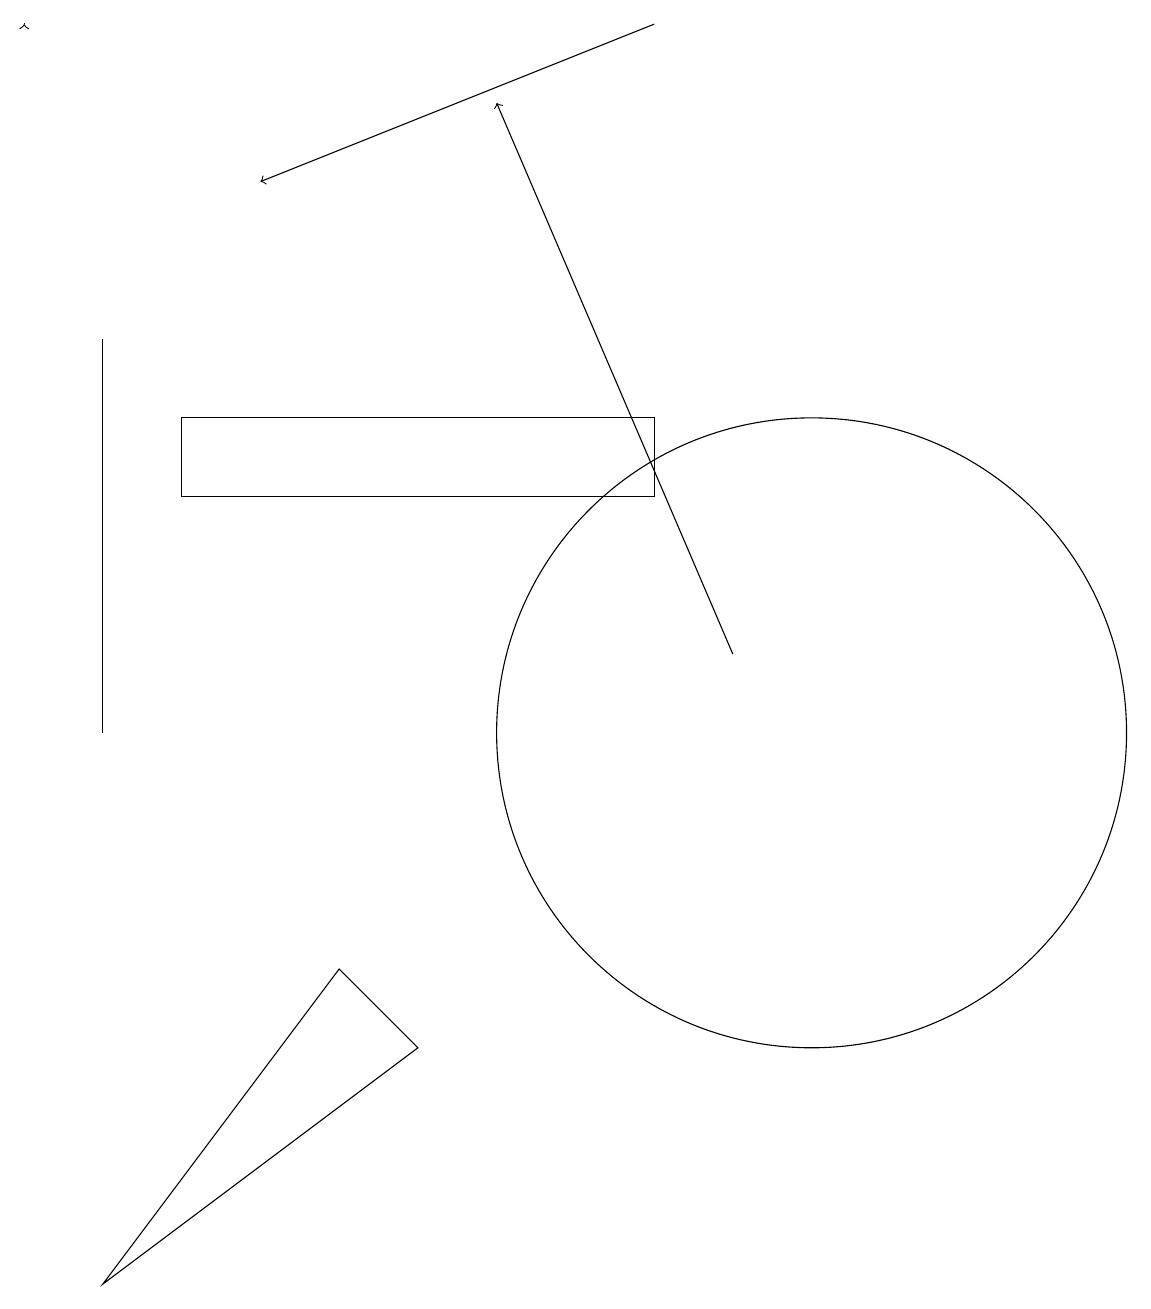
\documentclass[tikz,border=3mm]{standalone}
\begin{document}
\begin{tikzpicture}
\draw (5,6) -- (1,3) -- (4,7) -- cycle;
\draw (10,10) circle (4);
\draw (1,15) rectangle (1,10);
\draw (8,13) rectangle (2,14);
\draw[->] (0,19) -- (0,19);
\draw[->] (8,19) -- (3,17);
\draw[->] (9,11) -- (6,18);
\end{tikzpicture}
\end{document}